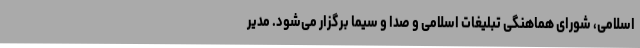
اسلامی، شورای هماهنگی تبلیغات اسلامی و صدا و سیما برگزار می‌شود. مدیر